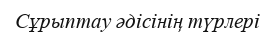
Сұрыптау әдісінің түрлері